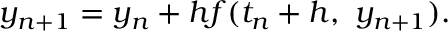
y _ { n + 1 } = y _ { n } + h f ( t _ { n } + h , \ y _ { n + 1 } ) .